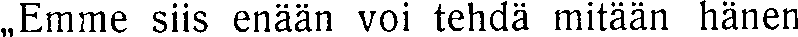
,,Emme siis enään voi tehdä mitään hänen